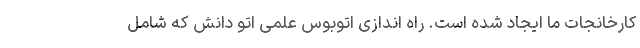
کارخانجات ما ایجاد شده است. راه اندازی اتوبوس علمی اتو دانش که شامل